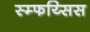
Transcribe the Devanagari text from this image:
स्म्फय्सिस